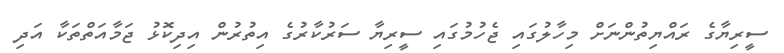
ސީރިޔާގެ ރައްޔިތުންނަށް މިހާލުގައި ޖެހުމުގައި ސީރިޔާ ސަރުކާރުގެ އިތުރުން އިދިކޮޅު ޖަމާއަތްތަކާ އަދި